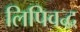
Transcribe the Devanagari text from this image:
लिपिवद्ध